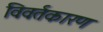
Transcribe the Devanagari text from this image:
विवर्तकारण